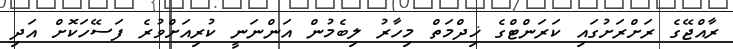
ރާއްޖޭގެ ރަށްރަށުގައި ކަރަންޓްގެ ޚިދްމަތް މިހާރު ލިބެމުން އަންނަނީ ކުރިއަށްވުރެ ފަސޭހަކޮށް އަދި